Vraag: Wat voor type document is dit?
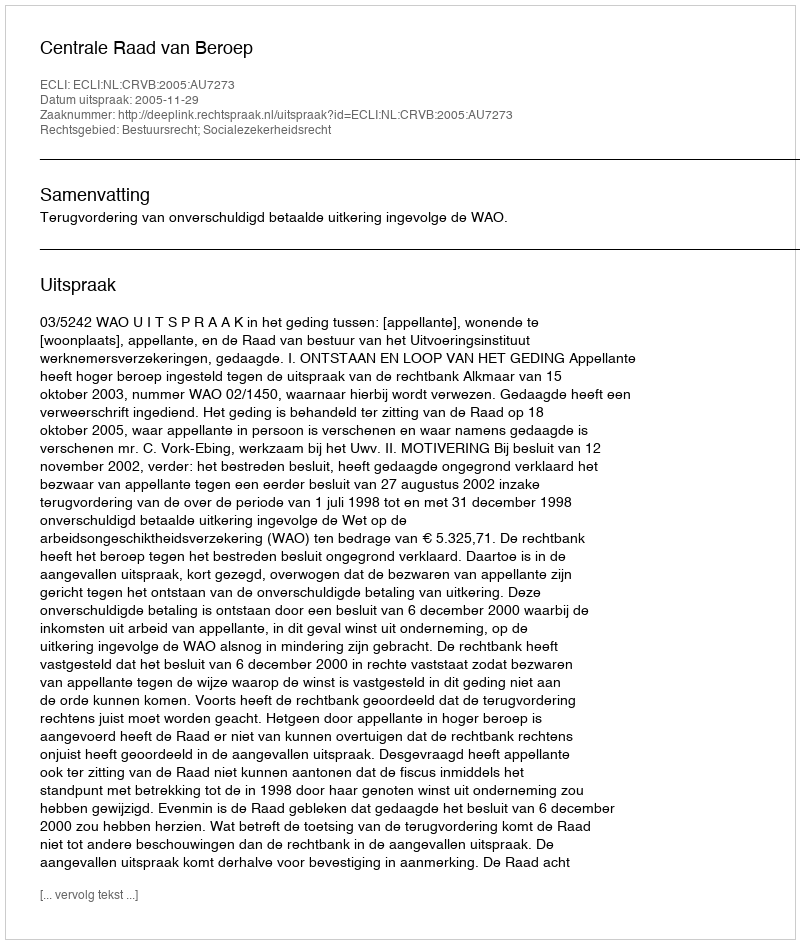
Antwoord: Uitspraak